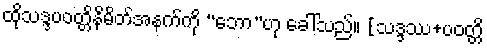
ထိုသဒ္ဒပဝတ္တိနိမိတ်အနက်ကို “ဘော”ဟု ခေါ်သည်။ [သဒ္ဒဿ+ပဝတ္တိ